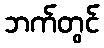
ဘက်တွင်